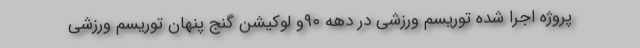
پروژه اجرا شده توریسم ورزشی در دهه ۹۰و لوکیشن گنج پنهان توریسم ورزشی